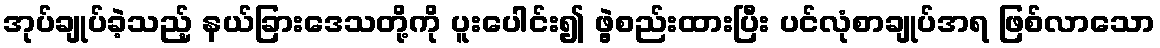
အုပ်ချုပ်ခဲ့သည့် နယ်ခြားဒေသတို့ကို ပူးပေါင်း၍ ဖွဲ့စည်းထားပြီး ပင်လုံစာချုပ်အရ ဖြစ်လာသော